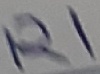
Text: R1